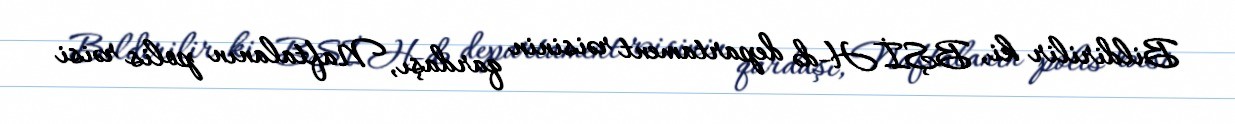
Bildirilir ki, BŞİH-də departament rəisinin qardaşı, Naftalanın polis rəisi